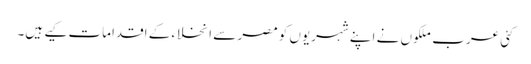
کئی عرب ملکوں نے اپنے شہریوں کو مصر سے انخلاء کے اقدامات کیے ہیں۔